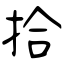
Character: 拾